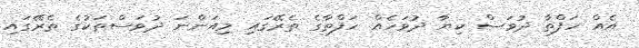
އެއް ހަފްތާ ދުވަސް ކިޔާ ދުވަހެއް ހަފްތާގެ ތެރޭގައި މިއަންނަ ދުވަސްތަކުގެ ތެރޭގައި